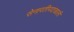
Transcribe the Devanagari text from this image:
सेनापतीपदाखाली